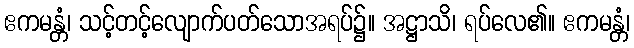
ဧကမန္တံ၊ သင့်တင့်လျောက်ပတ်သောအရပ်၌။ အဋ္ဌာသိ၊ ရပ်လေ၏။ ဧကမန္တံ၊